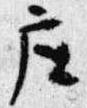
座